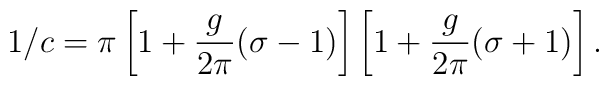
1/c = \pi \left[ 1 + \frac{g}{2 \pi} (\sigma - 1) \right]           \left[ 1 + \frac{g}{2 \pi} (\sigma + 1) \right].